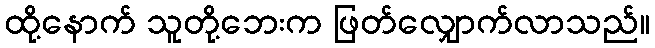
ထို့နောက် သူတို့ဘေးက ဖြတ်လျှောက်လာသည်။